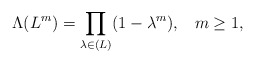
\begin{align*}\Lambda(L^m)=\prod_{\lambda\in (L)} (1-\lambda^m), \;\;\;m\ge 1,\end{align*}